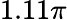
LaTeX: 1.11\pi